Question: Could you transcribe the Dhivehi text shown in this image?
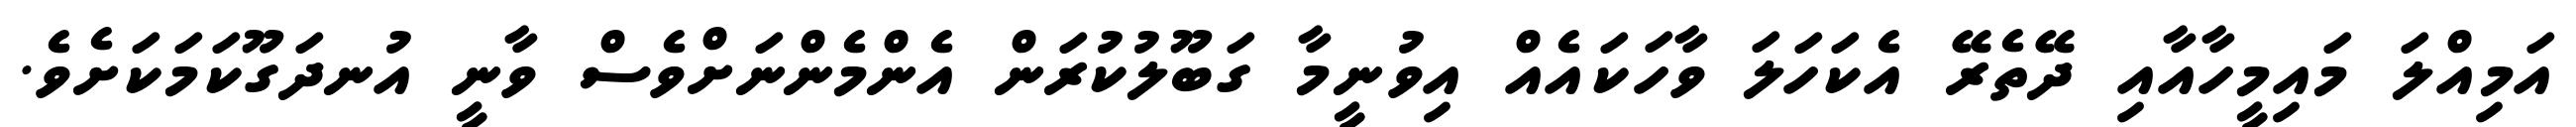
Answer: އަމިއްލަ މައިމީހާއާއި ދޭތެރޭ އެކަހަލަ ވާހަކައެއް އިވުނީމާ ގަބޫލުކުރަން އެންމެންނަށްވެސް ވާނީ އުނދަގޫކަމަކަށެވެ.